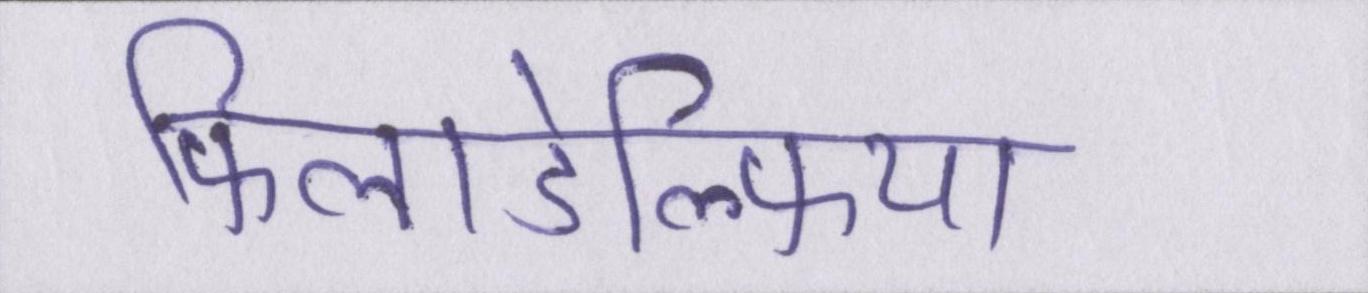
फिलाडेल्फिया